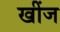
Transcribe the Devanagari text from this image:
खींज